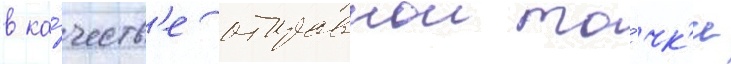
в ка́честв'е отправнои то́чк'и